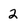
Character: 2